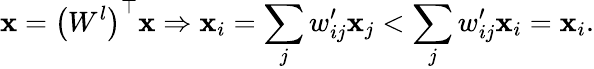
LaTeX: \boldsymbol{\mathbf{x}}=\left(W^{l}\right)^{\top}\boldsymbol{\mathbf{x}}\Rightarrow\mathbf{x}_{i}=\sum_{j}w_{ij}^{\prime}\mathbf{x}_{j}<\sum_{j}w_{ij}^{\prime}\mathbf{x}_{i}=\mathbf{x}_{i}.